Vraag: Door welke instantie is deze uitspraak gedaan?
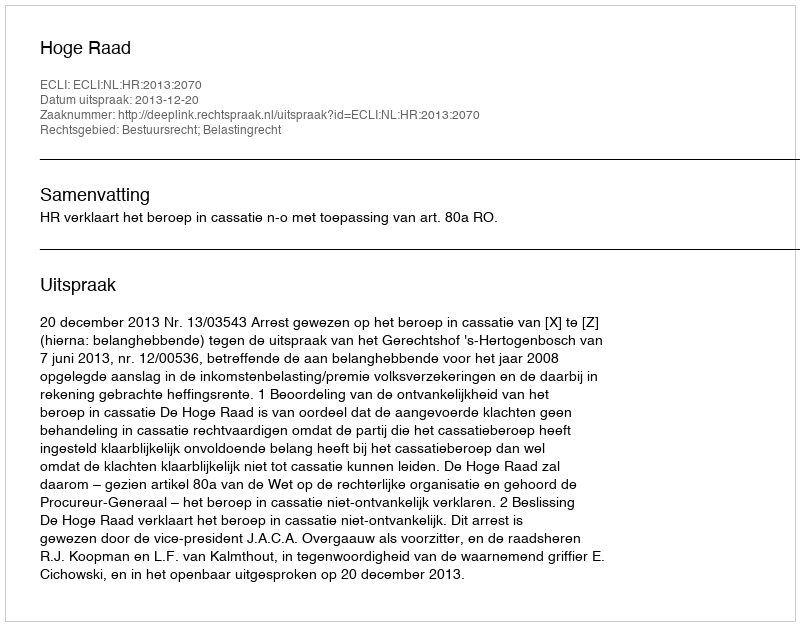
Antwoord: Hoge Raad